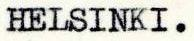
HELSINKI.